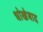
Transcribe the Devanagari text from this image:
धोखेबाद